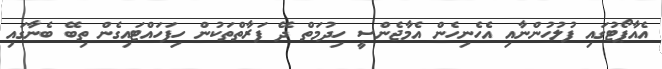
އެއާޕޯޓުގައި ފުލުހުންނާއި އެހެނިހެން އެމާޖެންސީ ހިދުމަތް ދޭ ފަރާތްތަކުން ހިފަހައްޓައިގެން ތިބޭ ބެނާގައި